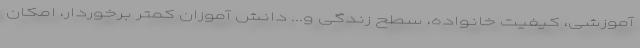
آموزشی، کیفیت خانواده، سطح زندگی و... دانش آموزان کمتر برخوردار، امکان